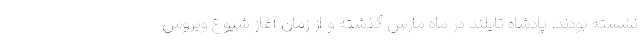
نشسته بودند. پادشاه تایلند در ماه مارس گذشته و از زمان آغاز شیوع ویروس